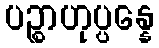
ပဉ္စာဟုပ္ပန္နေ